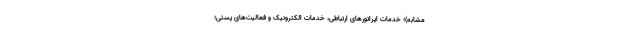
مشابه)؛ خدمات اپراتور‌های ارتباطی، خدمات الکترونیک و فعالیت‌های پستی؛